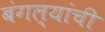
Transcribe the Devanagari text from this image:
बंगल्यांची